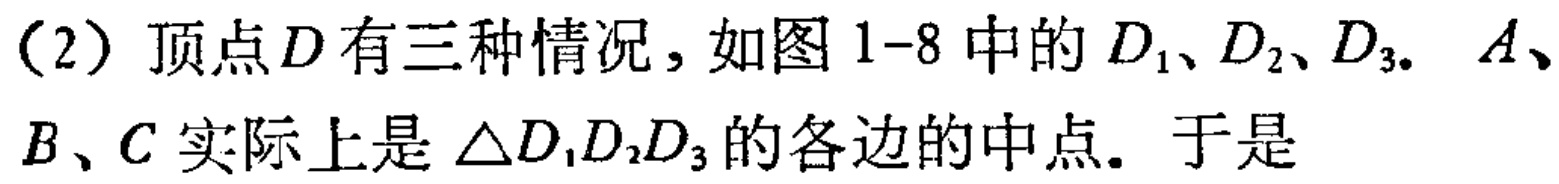
（2）顶点\(D\)有三种情况，如图1-8中的\(D_1、D_2、D_3\). \(A、B、C\)实际上是\(\triangle D_1D_2D_3\)的各边的中点. 于是